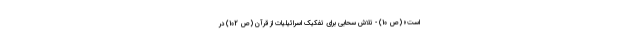
است» (ص 10) - تلاش سحابی برای تفکیک اسرائیلیات از قرآن (ص 102) در